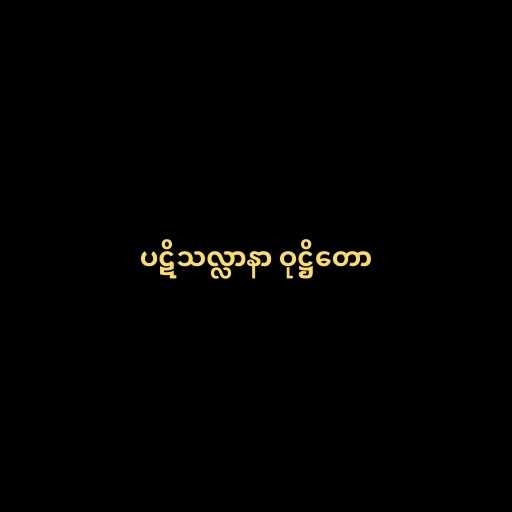
ပဋိသလ္လာနာ ဝုဋ္ဌိတော